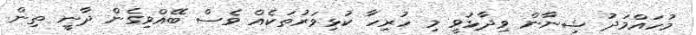
މުހައްމަދު ޝިނާން ވިދާޅުވީ މި ހުރިހާ ކުޅިވަރުތަކެއް ވެސް ބޭއްވިގެން ދާނީ ތިން